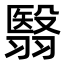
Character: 翳